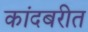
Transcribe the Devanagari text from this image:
कांदबरीत